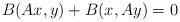
LaTeX: \begin{align*}B(Ax,y) + B(x, Ay) = 0 \end{align*}